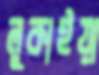
লুকাইয়া